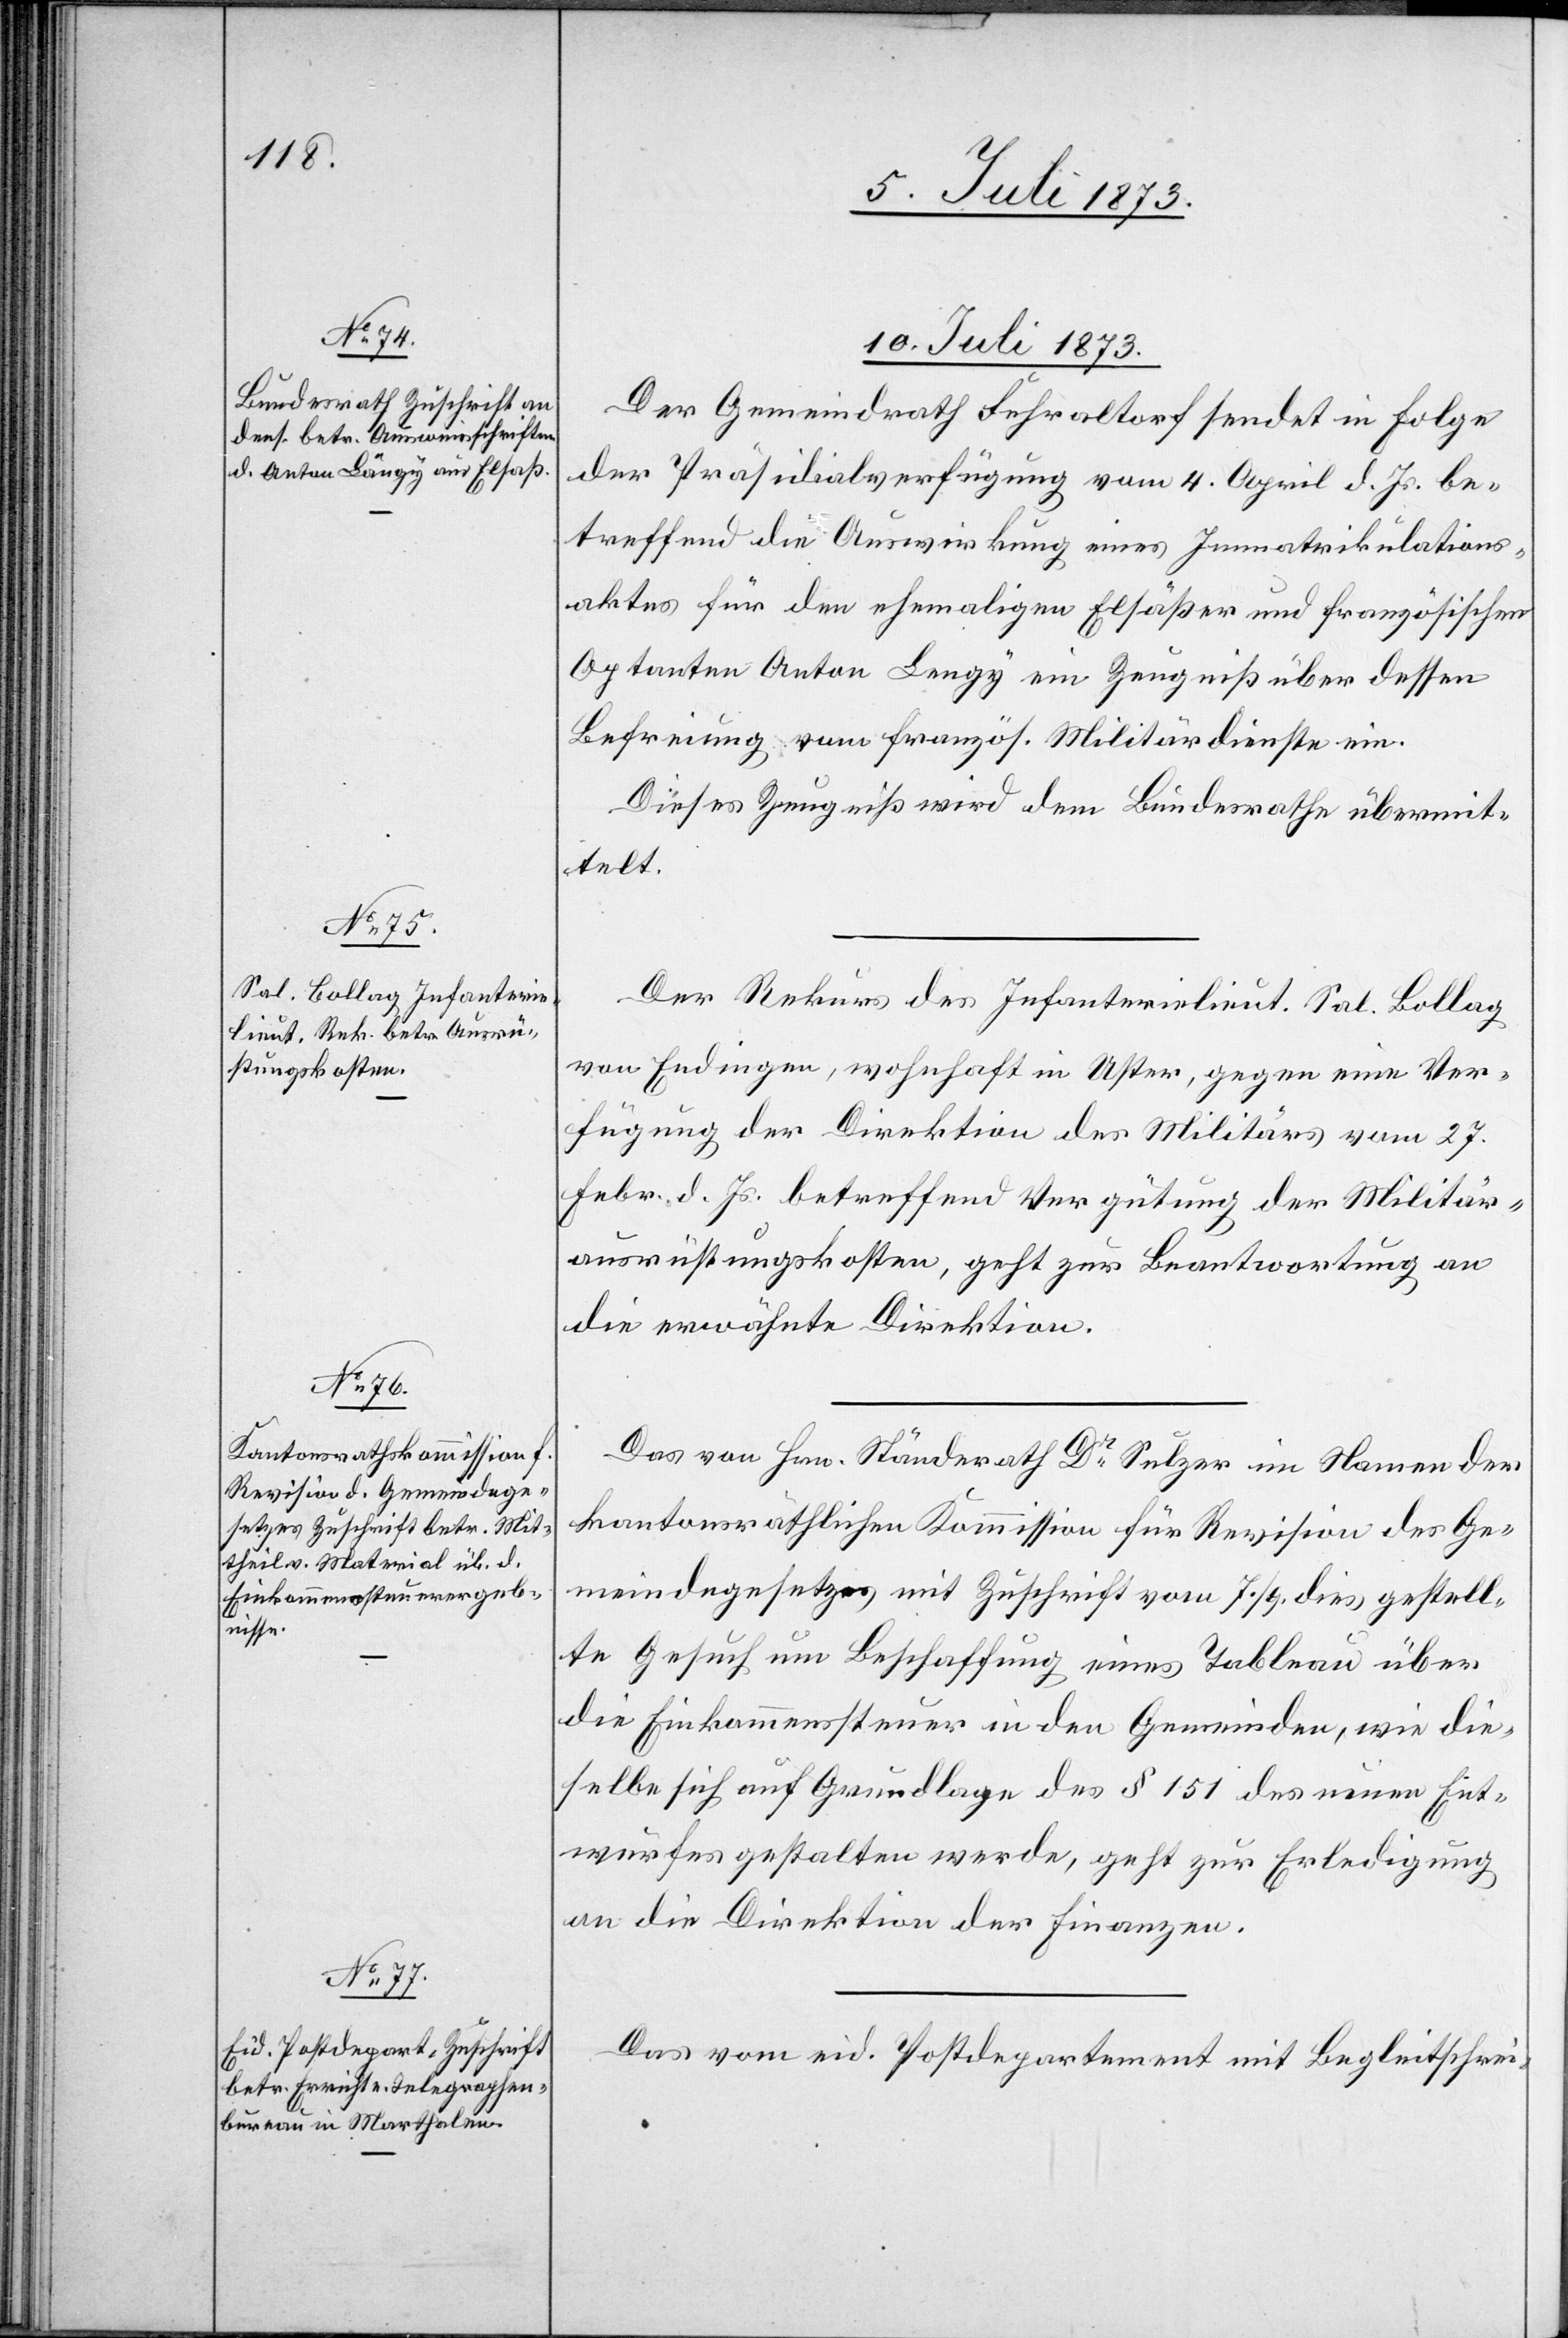
10. Juli 1873.]
Der Gemeindrath Fehraltorf sendet in Folge
der Präsidialverfügung vom 4. April d. Js. be¬
treffend die Auswirkung eines Immatrikulations¬
aktes für den ehemaligen Elsäßer und französischen
Optanten Anton Lengy [sic!] ein Zeugniß über dessen
Befreiung vom französ. Militärdienste ein.
Dieses Zeugniß wird dem Bundesrathe übermit¬
telt.
Der Rekurs des Infanterielieut. Sal. Bollag
von Endingen, wohnhaft in Uster, gegen eine Ver¬
fügung der Direktion des Militärs vom 27.
Febr. d. Js. betreffend Vergütung der Militär¬
ausrüstungskosten, geht zur Beantwortung an
die erwähnte Direktion.
Das von Hrn. Ständerath Dr Sulzer im Namen der
kantonsräthlichen Kommission für Revision des Ge¬
meindegesetzes mit Zuschrift vom 7./9. dies gestell¬
te Gesuch um Beschaffung eines Tableau über
die Einkommenssteuer in den Gemeinden, wie die¬
selbe sich auf Grundlage des § 151 des neuen Ent¬
wurfes gestalten werde, geht zur Erledigung
an die Direktion der Finanzen.
Das vom eid. Postdepartement mit Begleitschrei-